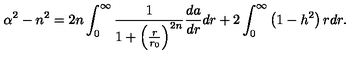
\alpha ^ { 2 } - n ^ { 2 } = 2 n \int _ { 0 } ^ { \infty } { \frac { 1 } { 1 + \left( { \frac { r } { r _ { 0 } } } \right) ^ { 2 n } } } { \frac { d a } { d r } } d r + 2 \int _ { 0 } ^ { \infty } \left( 1 - h ^ { 2 } \right) r d r .